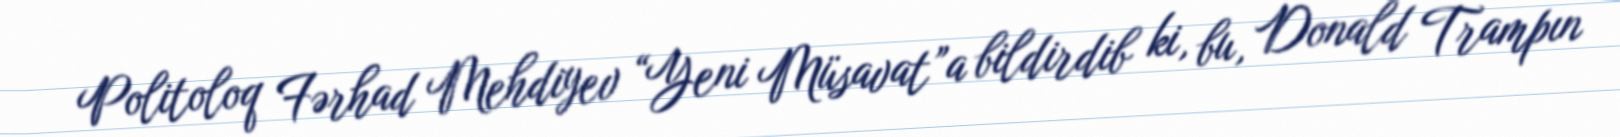
Politoloq Fərhad Mehdiyev “Yeni Müsavat”a bildirdib ki, bu, Donald Trampın